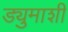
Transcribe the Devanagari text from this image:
ड्युमाशी